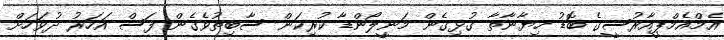
އެމްއެމްޕީއާރުސީގެ ބޮޑު ހިޔާނާތާ ގުޅިގެން މަނީލޯންޑާ ކުރިކަން ސާބިތުވެގެން ފަސް އަހަރު ދުވަހަށް